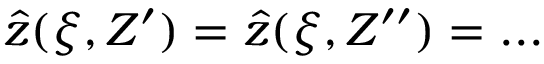
\hat { z } ( \xi , Z ^ { \prime } ) = \hat { z } ( \xi , Z ^ { \prime \prime } ) = . . .